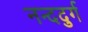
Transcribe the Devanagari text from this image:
नन्ददुर्ग